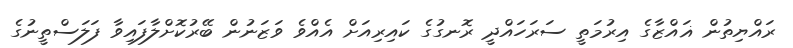
ރައްޔިތުން ޣައްޒާގެ އިރުމަތީ ސަރަހައްދީ ރޮނގުގެ ކައިރިއަށް އެއްވެ ވަޒަނުން ބޭރުކޮށްލާފައިވާ ފަލަސްތީނުގެ